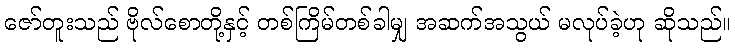
ဇော်တူးသည် ဗိုလ်စောတို့နှင့် တစ်ကြိမ်တစ်ခါမျှ အဆက်အသွယ် မလုပ်ခဲ့ဟု ဆိုသည်။